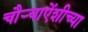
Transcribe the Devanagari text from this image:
चौऱ्याऐंशीच्या